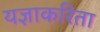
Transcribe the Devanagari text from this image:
यज्ञाकरिता